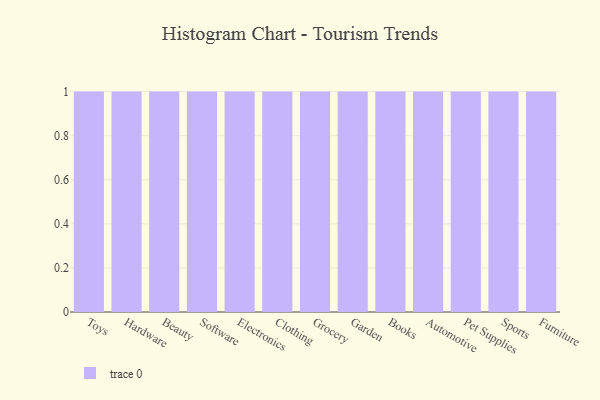
{"axis": {"x": "Category", "y": "Conversion Rate (%)"}, "legend": [""], "data": [{"x": "Toys", "y": 81, "type": ""}, {"x": "Hardware", "y": 52, "type": ""}, {"x": "Beauty", "y": 59, "type": ""}, {"x": "Software", "y": 48, "type": ""}, {"x": "Electronics", "y": 18, "type": ""}, {"x": "Clothing", "y": 54, "type": ""}, {"x": "Grocery", "y": 49, "type": ""}, {"x": "Garden", "y": 74, "type": ""}, {"x": "Books", "y": 79, "type": ""}, {"x": "Automotive", "y": 78, "type": ""}, {"x": "Pet Supplies", "y": 3, "type": ""}, {"x": "Sports", "y": 85, "type": ""}, {"x": "Furniture", "y": 34, "type": ""}]}